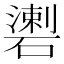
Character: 𥖍